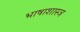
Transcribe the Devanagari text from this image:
भाषाशास्‍त्र